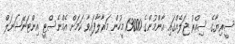
ސީރިޔާގެ ސިއްރު ޖަލެއްގައި އާންމުންގެ 13000 މީހުން މަރާލާފައިވާ ކަމަށް އެމްނެސްޓީ އިންޓަނޭޝަނަލް